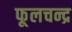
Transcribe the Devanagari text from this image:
फूलचन्द्र